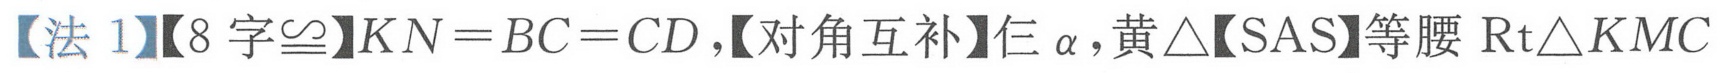
【法 1】【8 字\(\cong\)】\(KN = BC = CD\)，【对角互补】仨\(\alpha\)，黄\(\triangle\)【SAS】等腰\(\text{Rt}\triangle KMC\)